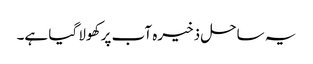
یہ ساحل ذخیرہ آب پر کھولا گیا ہے۔